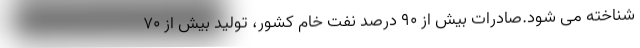
شناخته می شود.صادرات بیش از ۹۰ درصد نفت خام کشور، تولید بیش از ۷۰